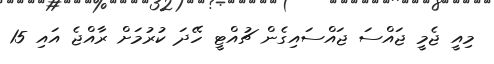
މިއީ ޖެމީ ޖައްސަ ޖައްސައިގެން ޗުއްޓީ ހޭދަ ކުރުމަށް ރާއްޖެ އައި 15